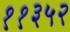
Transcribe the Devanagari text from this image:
११३५२